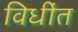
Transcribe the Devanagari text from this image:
विधींत